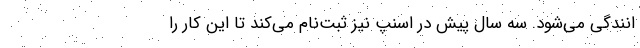
انندگی می‌شود. سه سال پیش در اسنپ نیز ثبت‌نام می‌کند تا این کار را